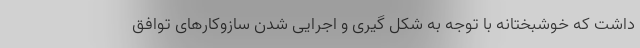
داشت که خوشبختانه با توجه به شکل گیری و اجرایی شدن سازوکارهای توافق